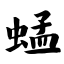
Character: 蜢